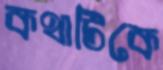
কথাটিকে